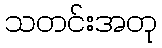
သတင်းအတု